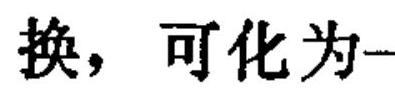
换，可化为一